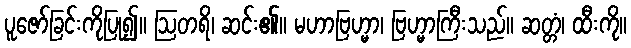
ပူဇော်ခြင်းကိုပြု၍။ ဩတရိ၊ ဆင်း၏။ မဟာဗြဟ္မာ၊ ဗြဟ္မာကြီးသည်။ ဆတ္တံ၊ ထီးကို။